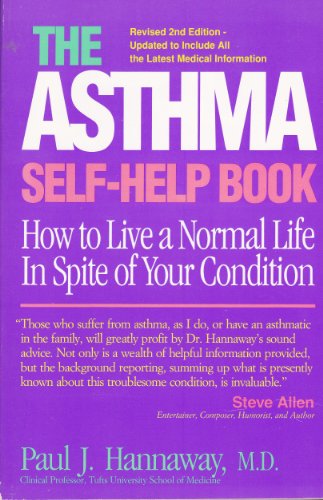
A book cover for The Asthma Self-Help Book, Revised 2nd Edition: How to Live a Normal Life in Spite of Your Condition; Paul J. Hannaway; Health, Fitness & Dieting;